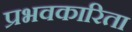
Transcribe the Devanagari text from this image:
प्रभवकारिता